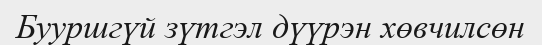
Бууршгүй зүтгэл дүүрэн хөвчилсөн